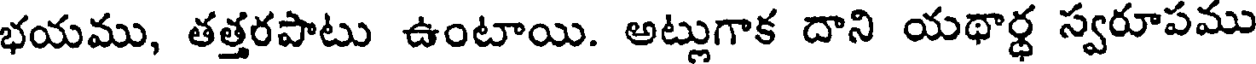
భయము, తత్తరపాటు ఉంటాయి. అట్లుగాక దాని యథార్థ స్వరూపము